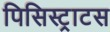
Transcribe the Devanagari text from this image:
पिसिस्ट्राटस